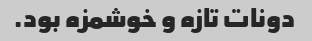
دونات تازه و خوشمزه بود.